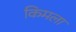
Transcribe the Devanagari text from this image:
किमला